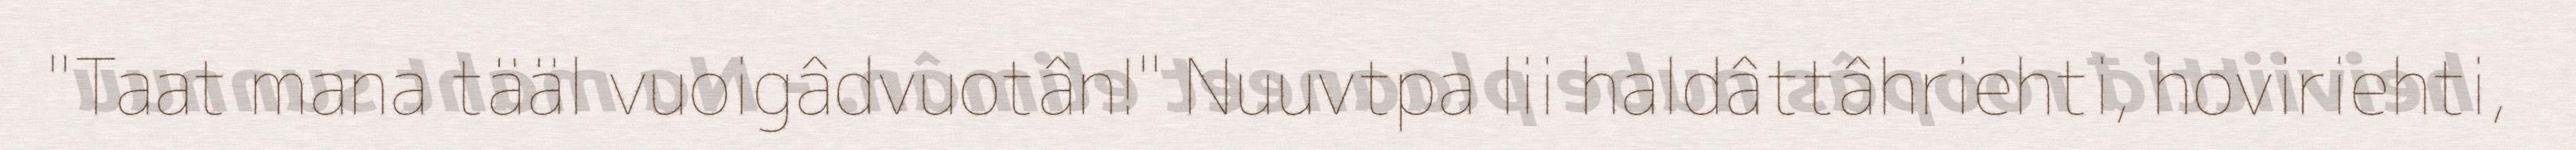
"Taat mana tääl vuoigâdvuotân!" Nuuvtpa lii haldâttâhriehti, hoviriehti,